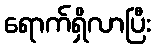
ရောက်ရှိလာပြီး